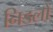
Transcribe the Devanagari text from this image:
निडलों